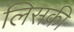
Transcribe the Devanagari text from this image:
लिसकी